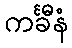
ကင်္ခီနံ